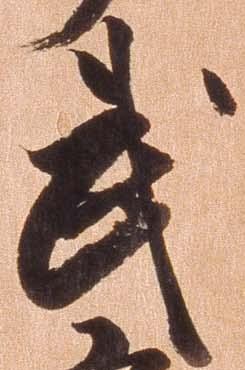
武